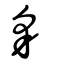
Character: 豸